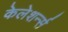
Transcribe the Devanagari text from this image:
केलेशर्न्स